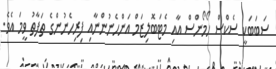
ސަބަބަކީ ސެކްސް ހޯމޯންސް އާއި މެޓަބޮލިޒަމް އަންހެނުންނާއި ފިރިހެނުންގެ ތަފާތު ވީމަ އެވެ.